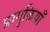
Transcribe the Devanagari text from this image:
प्रागुक्तियाँ